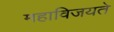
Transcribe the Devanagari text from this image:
महाविजयते